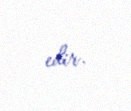
edir.